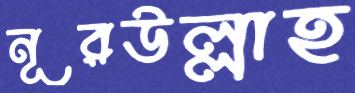
নূরউল্লাহ